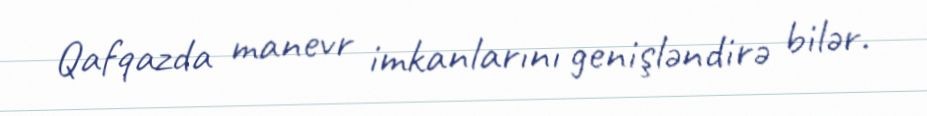
Qafqazda manevr imkanlarını genişləndirə bilər.